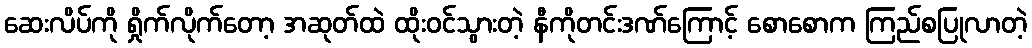
ဆေးလိပ်ကို ရှိုက်လိုက်တော့ အဆုတ်ထဲ ထိုးဝင်သွားတဲ့ နီကိုတင်းဒဏ်ကြောင့် စောစောက ကြည်စပြုလာတဲ့